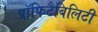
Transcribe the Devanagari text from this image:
प्रॉफिटैबिलिटी